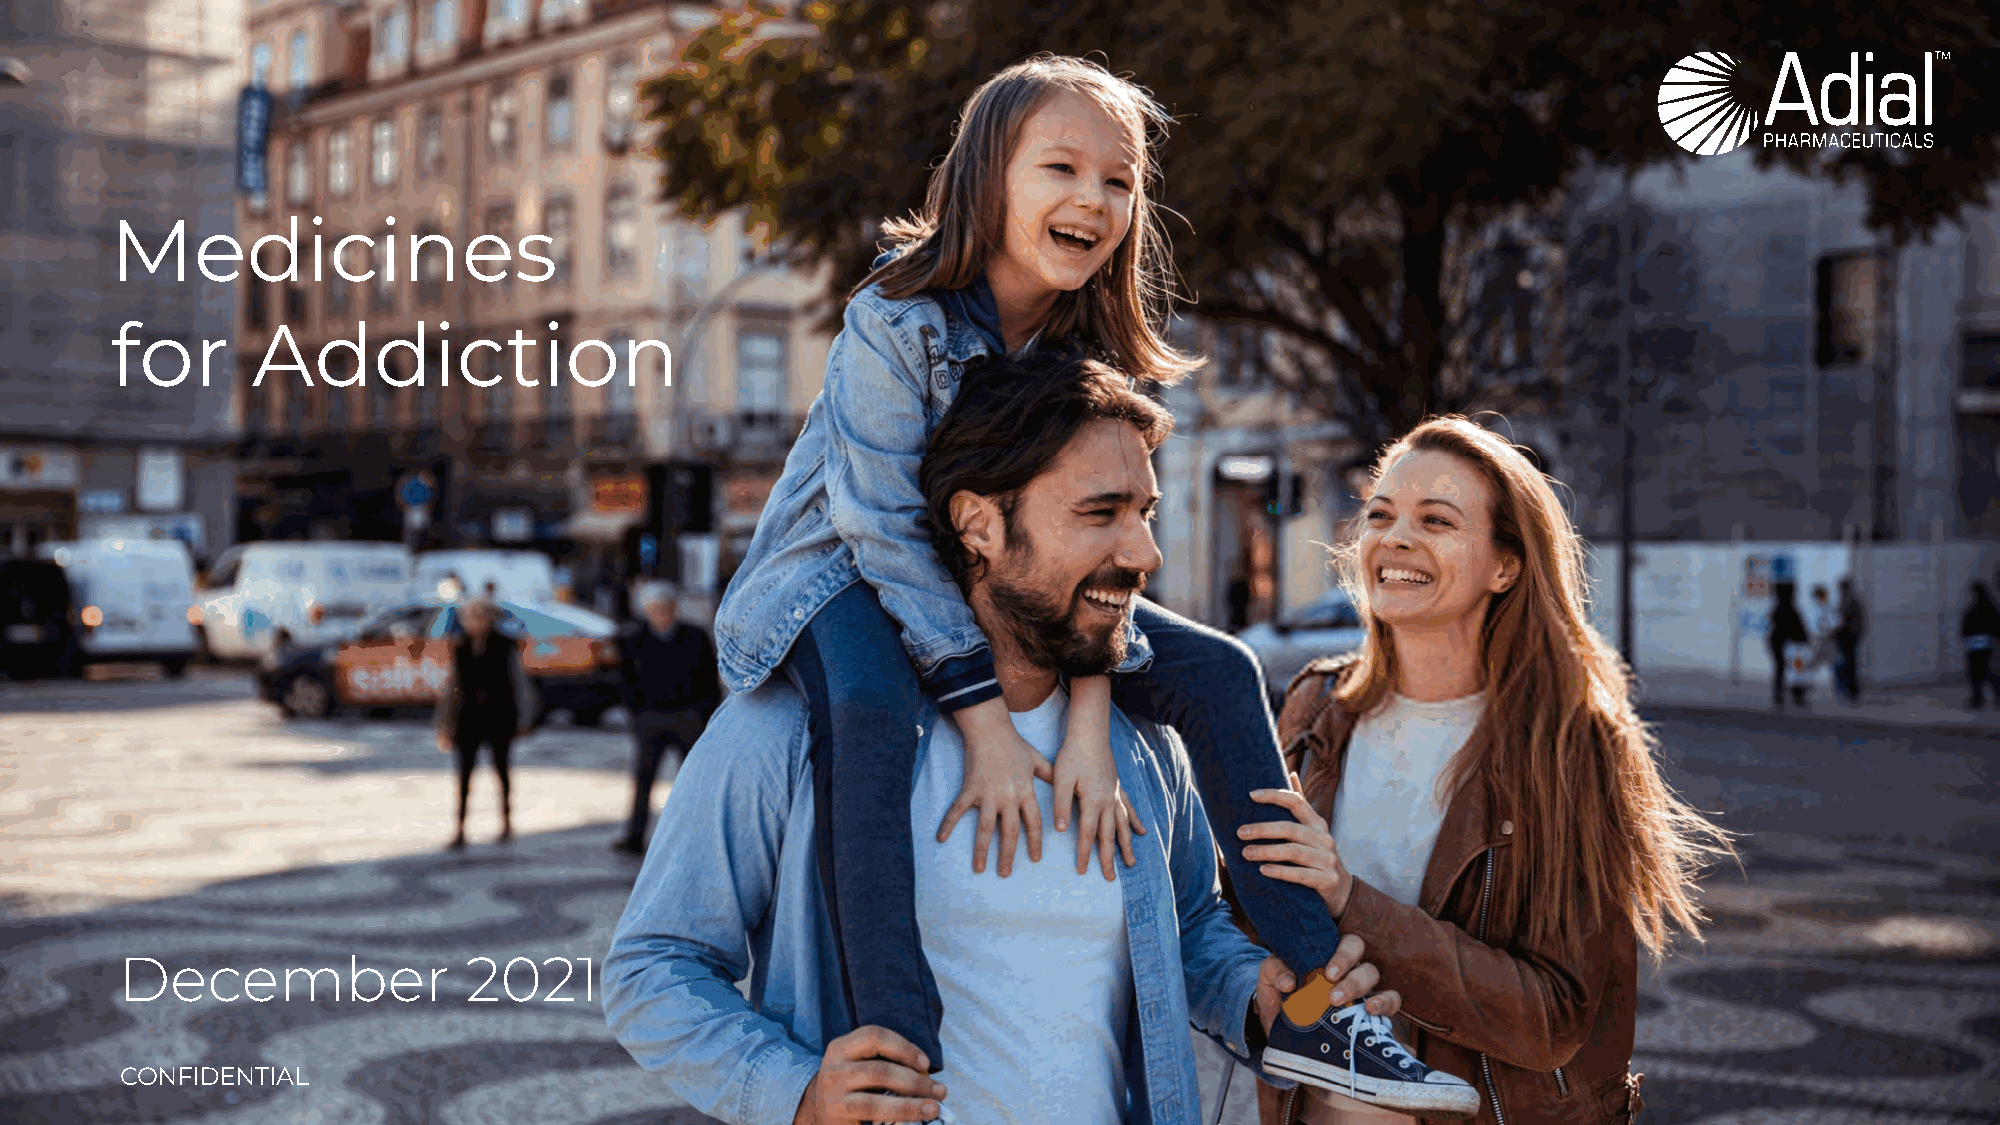
Medicines
 for       Addiction
 December               2021
 ADIACLO PNHFAIRDMEANCTEIUATLICALS INC. | MEDICINES FOR ADDICTION 20211019A                                    CONFIDENTIAL | 1